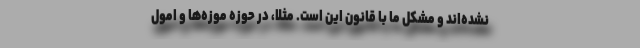
نشده‌اند و مشکل ما با قانون این است. مثلا، در حوزه موزه‌ها و امول